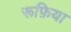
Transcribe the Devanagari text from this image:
रूफ़िया